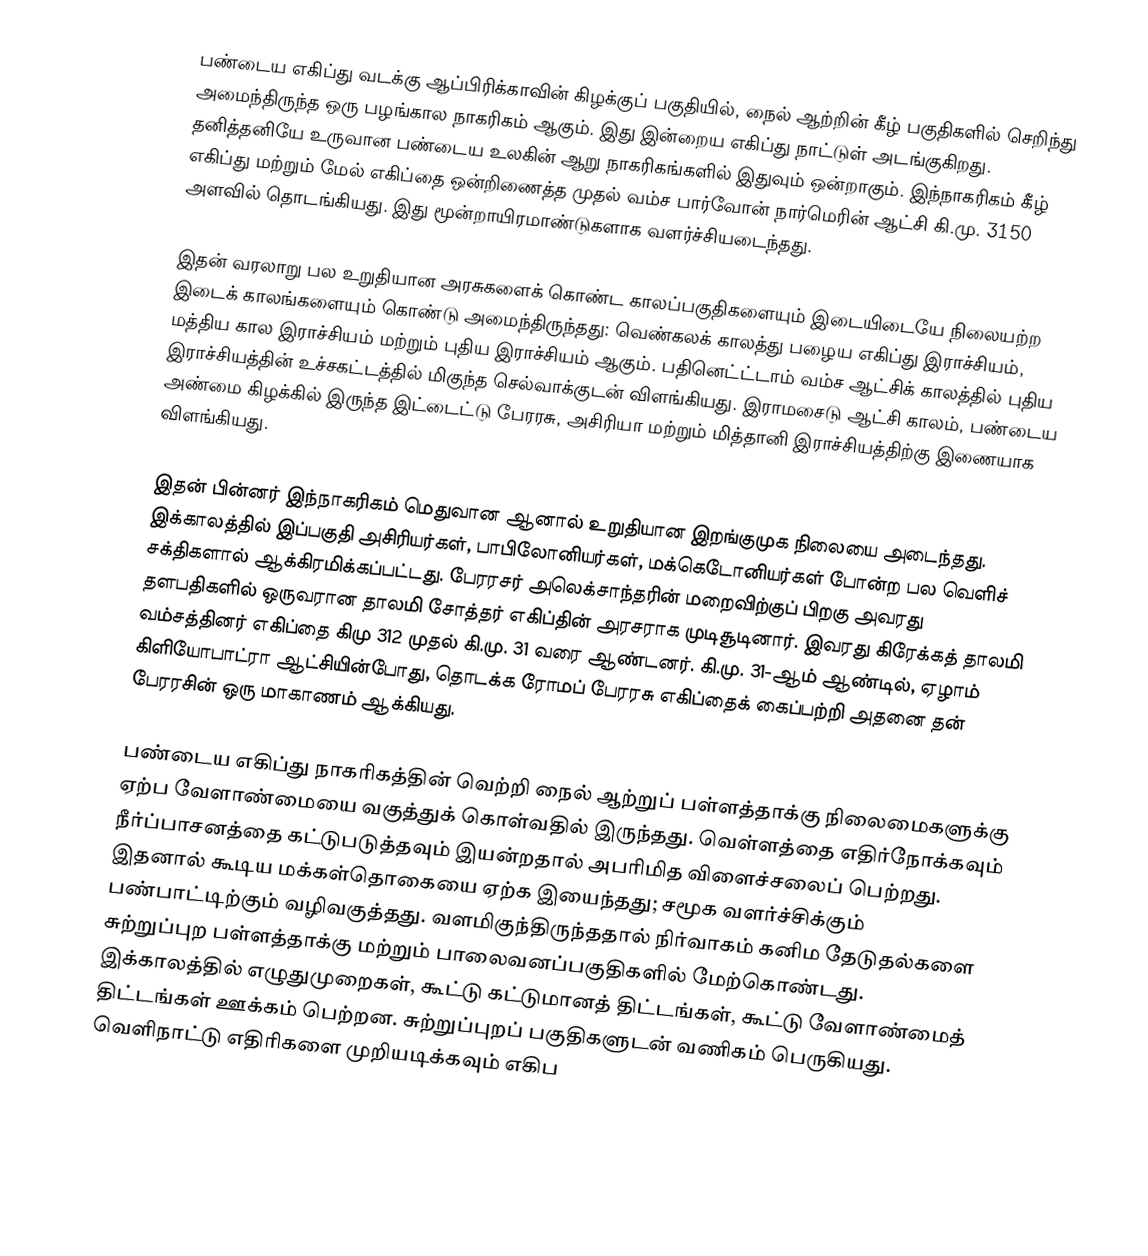
பண்டைய எகிப்து வடக்கு ஆப்பிரிக்காவின் கிழக்குப் பகுதியில், நைல் ஆற்றின் கீழ் பகுதிகளில் செறிந்து அமைந்திருந்த ஒரு பழங்கால நாகரிகம் ஆகும். இது இன்றைய எகிப்து நாட்டுள் அடங்குகிறது. தனித்தனியே உருவான பண்டைய உலகின் ஆறு நாகரிகங்களில் இதுவும் ஒன்றாகும். இந்நாகரிகம் கீழ் எகிப்து மற்றும் மேல் எகிப்தை ஒன்றிணைத்த முதல் வம்ச பார்வோன் நார்மெரின் ஆட்சி கி.மு. 3150 அளவில் தொடங்கியது. இது மூன்றாயிரமாண்டுகளாக வளர்ச்சியடைந்தது.

இதன் வரலாறு பல உறுதியான அரசுகளைக் கொண்ட காலப்பகுதிகளையும் இடையிடையே நிலையற்ற இடைக் காலங்களையும் கொண்டு அமைந்திருந்தது: வெண்கலக் காலத்து பழைய எகிப்து இராச்சியம், மத்திய கால இராச்சியம் மற்றும் புதிய இராச்சியம் ஆகும். பதினெட்ட்டாம் வம்ச ஆட்சிக் காலத்தில் புதிய இராச்சியத்தின் உச்சகட்டத்தில் மிகுந்த செல்வாக்குடன் விளங்கியது.   இராமசைடு ஆட்சி காலம், பண்டைய அண்மை கிழக்கில் இருந்த இட்டைட்டு பேரரசு, அசிரியா மற்றும் மித்தானி இராச்சியத்திற்கு இணையாக விளங்கியது.

இதன் பின்னர் இந்நாகரிகம் மெதுவான ஆனால் உறுதியான இறங்குமுக நிலையை அடைந்தது. இக்காலத்தில் இப்பகுதி அசிரியர்கள், பாபிலோனியர்கள், மக்கெடோனியர்கள் போன்ற பல வெளிச் சக்திகளால் ஆக்கிரமிக்கப்பட்டது. பேரரசர் அலெக்சாந்தரின் மறைவிற்குப் பிறகு அவரது தளபதிகளில் ஒருவரான தாலமி சோத்தர் எகிப்தின் அரசராக முடிசூடினார். இவரது கிரேக்கத் தாலமி வம்சத்தினர் எகிப்தை கிமு 312 முதல் கி.மு. 31 வரை ஆண்டனர். கி.மு. 31-ஆம் ஆண்டில், ஏழாம் கிளியோபாட்ரா ஆட்சியின்போது, தொடக்க ரோமப் பேரரசு எகிப்தைக் கைப்பற்றி அதனை தன் பேரரசின் ஒரு மாகாணம் ஆக்கியது.

பண்டைய எகிப்து நாகரிகத்தின் வெற்றி நைல் ஆற்றுப் பள்ளத்தாக்கு நிலைமைகளுக்கு ஏற்ப வேளாண்மையை வகுத்துக் கொள்வதில் இருந்தது.   வெள்ளத்தை எதிர்நோக்கவும்  நீர்ப்பாசனத்தை கட்டுபடுத்தவும்  இயன்றதால் அபரிமித விளைச்சலைப் பெற்றது.  இதனால் கூடிய மக்கள்தொகையை ஏற்க இயைந்தது; சமூக வளர்ச்சிக்கும் பண்பாட்டிற்கும்  வழிவகுத்தது. வளமிகுந்திருந்ததால் நிர்வாகம் கனிம தேடுதல்களை சுற்றுப்புற பள்ளத்தாக்கு மற்றும் பாலைவனப்பகுதிகளில் மேற்கொண்டது. இக்காலத்தில் எழுதுமுறைகள், கூட்டு கட்டுமானத் திட்டங்கள், கூட்டு வேளாண்மைத் திட்டங்கள் ஊக்கம் பெற்றன. சுற்றுப்புறப் பகுதிகளுடன் வணிகம் பெருகியது. வெளிநாட்டு எதிரிகளை முறியடிக்கவும் எகிப